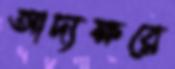
আদ্যক্ষরে